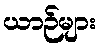
ယာဉ်များ